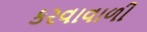
કરવાવાળી